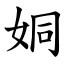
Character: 姛